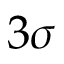
3 \sigma